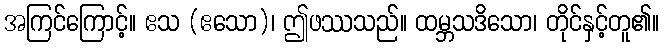
အကြင်ကြောင့်။ ဧသ (ဧသော)၊ ဤဖဿသည်။ ထမ္ဘသဒိသော၊ တိုင်နှင့်တူ၏။